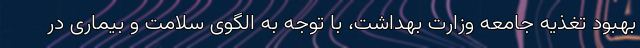
بهبود تغذیه جامعه وزارت بهداشت، با توجه به الگوی سلامت و بیماری در